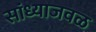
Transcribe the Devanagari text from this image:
सांध्याजवळ